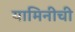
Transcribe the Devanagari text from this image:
यामिनीची